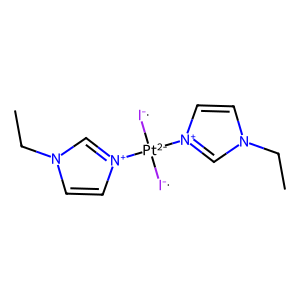
SMILES: CCn1cc[n+]([Pt-2]([I-])([I-])[n+]2ccn(CC)c2)c1
Inhibits HIV replication: No